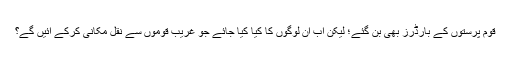
قوم پرستوں کے بارڈرز بھی بن گئے؛ لیکن اب ان لوگوں کا کیا کیا جائے جو غریب قوموں سے نقل مکانی کرکے آئیں گے؟